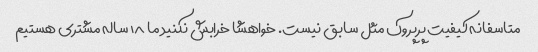
متاسفانه کیفیت پرپروک مثل سابق نیست. خواهشا خرابش نکنید ما ۱۸ ساله مشتری هستیم